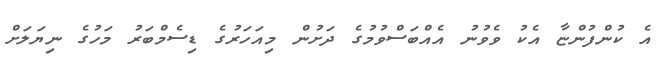
އެ ކުންފުންޏާ އެކު ވެވުނު އެއްބަސްވުމުގެ ދަށުން މިއަހަރުގެ ޑިސެމްބަރު މަހުގެ ނިޔަލަށް